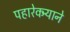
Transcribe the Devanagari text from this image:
पहारेकर्‍याने